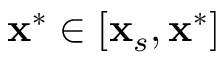
\mathbf { x } ^ { * } \in [ \mathbf { x } _ { s } , \mathbf { x } ^ { * } ]